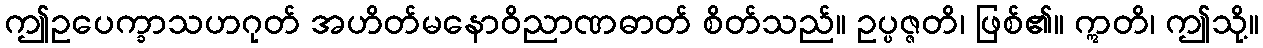
ဤဥပေက္ခာသဟဂုတ် အဟိတ်မနောဝိညာဏဓာတ် စိတ်သည်။ ဥပ္ပဇ္ဇတိ၊ ဖြစ်၏။ ဣတိ၊ ဤသို့။